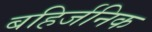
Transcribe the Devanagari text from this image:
बहिर्जनिक